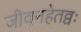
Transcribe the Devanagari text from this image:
जीवनहेतव्वः